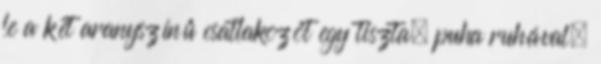
le a két aranyszínű csatlakozót egy tiszta, puha ruhával,